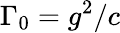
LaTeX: \Gamma_{0}=g^{2}/c